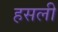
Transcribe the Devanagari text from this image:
हसली